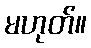
မဟုတ်။